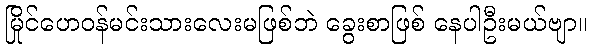
မြိုင်ဟေဝန်မင်းသားလေးမဖြစ်ဘဲ ခွေးစာဖြစ် နေပါဦးမယ်ဗျာ။